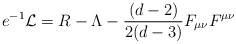
\begin{align*}e^{-1}\mathcal{L}=R-\Lambda -\frac{(d-2)}{2(d-3)}F_{\mu \nu }F^{\mu \nu }\end{align*}